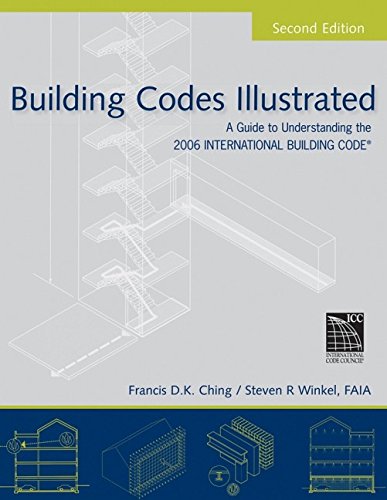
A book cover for Building Codes Illustrated: A Guide to Understanding the 2006 International Building Code; Francis D. K. Ching; Science & Math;